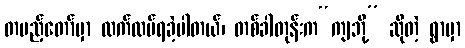
တပည့်တော်မှာ လက်ထပ်ရခဲ့ပါတယ်၊ တစ်ခါတုန်းက“ကျဘို့” ဆိုတဲ့ ရွာမှာ